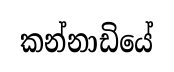
කන්නාඩියේ